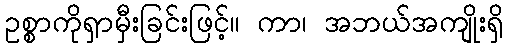
ဥစ္စာကိုရှာမှီးခြင်းဖြင့်။ ကာ၊ အဘယ်အကျိုးရှိ